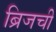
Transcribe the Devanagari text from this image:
ब्रिजची